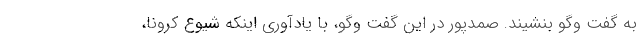
به گفت وگو بنشیند. صمدپور در این گفت وگو، با یادآوری اینکه شیوع کرونا،